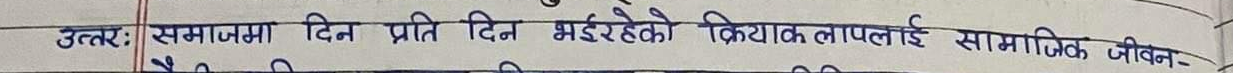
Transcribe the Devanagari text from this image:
उत्तरः समाजमा दिन प्रति दिन भईरहेको क्रियाकलापलाई सामाजिक जीवन-